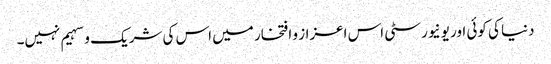
دنیا کی کوئی اور یونیورسٹی اس اعزاز و افتخار میں اس کی شریک و سہیم نہیں۔